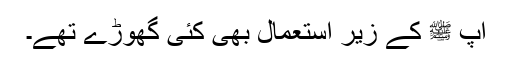
آپ ﷺ کے زیرِ استعمال بھی کئی گھوڑے تھے۔